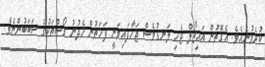
ކުރެވުނެއެވެ. އެގޮތުން އައިޒޯލް ޖެހި ލަނޑުވެސް ޖަހާފައިވަނީ ފަހަތުން ހެދުނު ގޯސްތަކުގެ ސަބަބުންނެވެ.